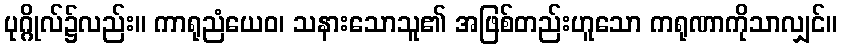
ပုဂ္ဂိုလ်၌လည်း။ ကာရုညံယေဝ၊ သနားသောသူ၏ အဖြစ်တည်းဟူသော ကရုဏာကိုသာလျှင်။